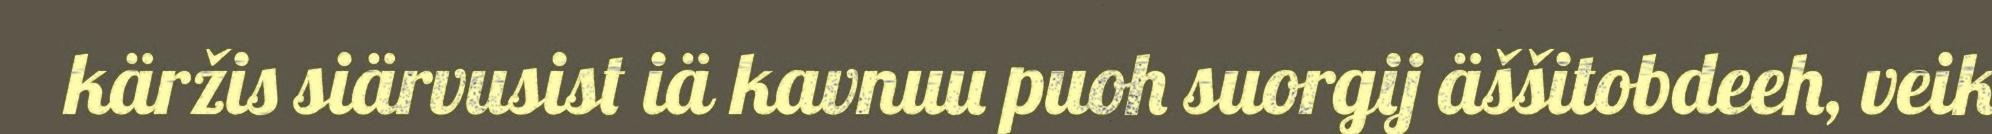
käržis siärvusist iä kavnuu puoh suorgij äššitobdeeh, veik